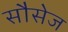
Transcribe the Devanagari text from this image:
सौसेज